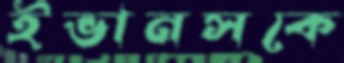
ইভানসকে